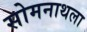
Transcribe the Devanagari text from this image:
सोमनाथला